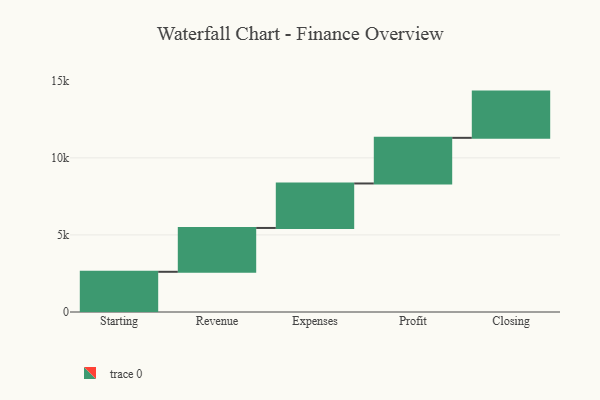
{"axis": {"x": "Step", "y": "Value"}, "legend": [""], "data": [{"x": "Starting", "y": 2608.0, "type": ""}, {"x": "Revenue", "y": 2844.0, "type": ""}, {"x": "Expenses", "y": 2887.0, "type": ""}, {"x": "Profit", "y": 2960.0, "type": ""}, {"x": "Closing", "y": 3000, "type": ""}]}